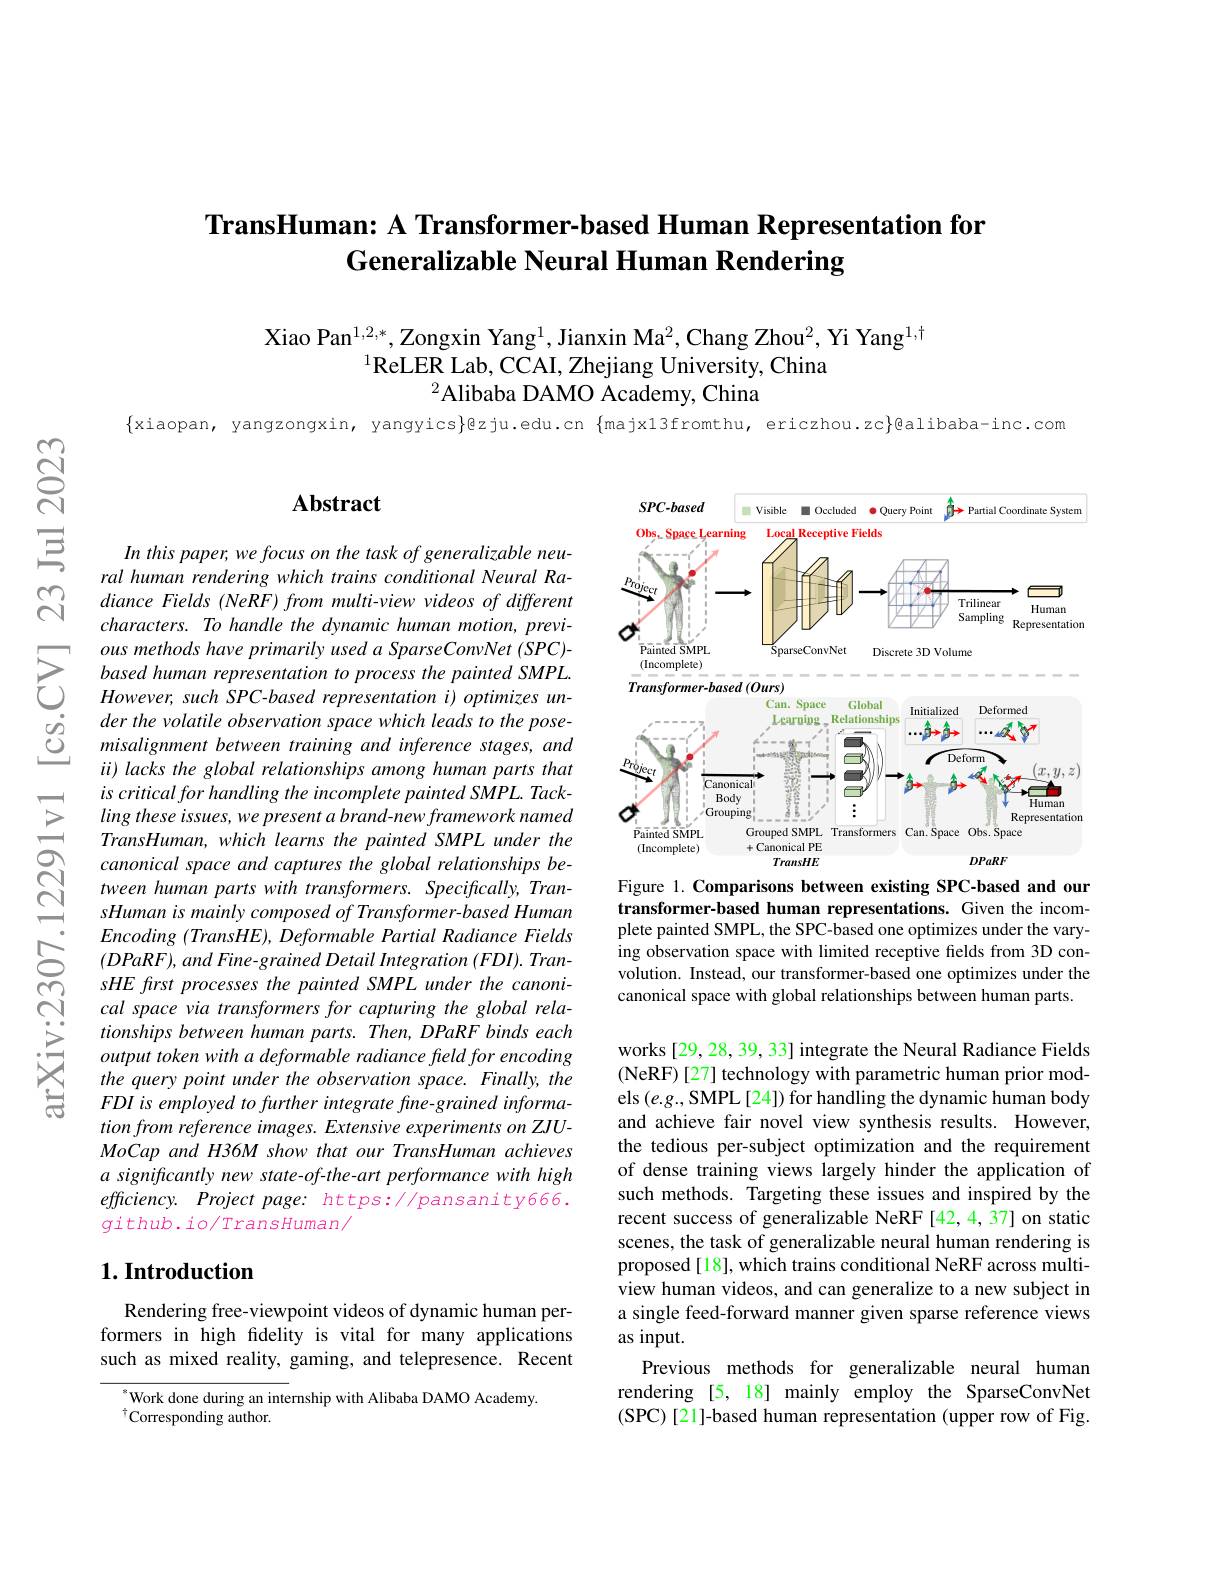
## TransHuman: A Transformer-based Human Representation for Generalizable Neural Human Rendering

Xiao Pan$^{1,2,*}$, Zongxin Yang$^1$,Jianxin Ma$^2$,Chang Zhou$^2$, Yi Yang$^1,\dagger$
$^{1}\bar{\text{ReLER Lab, CCAI, Zhejiang University, China}}$
$^{2}$Alibaba DAMO Academy, China

$\{$xiaopan, yangzongxin, yangyics$\}$@zju.edu.cn $\{$majx13fromthu, ericzhou.zc$\}$@alibaba-inc.com

### $\mathbf{Abstract}$

<FigureHere>
Figure 1. Comparisons between existing SPC-based and our

In this paper, we focus on the task of generalizable neural human rendering which trains conditional Neural Ra- $diance\textit{ Fields ( NeRF) from multi- view videos of different}$ characters. To handle the dynamic human motion, previous methods have primarily used a SparseConvNet (SPC)- based human representation to process the painted SMPL $However,suchSPC-based$ representation i) optimizes under the volatile observation space which leads to the posemisalignment between training and inference stages, and ii) lacks the global relationships among human parts that $is$ critical for handling the incomplete painted $SMPL.$ $Tack-$ ling these issues, we present a brand- new framework named TransHuman, which learns the painted SMPL under the canonical space and captures the global relationships between human parts with transformers. Specifically, TransHuman is mainly composed of Transformer-based Human $Encoding~(TransHE),Deformable~Partial~Radiance~Fields$ $(DPaRF),and$ Fine-grained Detail Integration (FDI). TransHE first processes the painted SMPL under the canonical space via transformers for capturing the global relationships between human parts. Then, DPaRF binds each output token with a deformable radiance field for encoding the query point under the observation space. Finally, the FDI is employed to further integrate fine-grained information from reference images. Extensive experiments on ZJUMoCap and H36M show that our TransHuman achieves $a$ significantly new state-of-the-art performance with high efficiency. Project page: https://pansanity666. $g$ithub.io/TransHuman/

transformer-based human representations. Given the incomplete painted SMPL, the SPC-based one optimizes under the varying observation space with limited receptive fields from 3D convolution. Instead, our transformer-based one optimizes under the canonical space with global relationships between human parts.

works [29,28,39,33] integrate the Neural Radiance Fields (NeRF)[27] technology with parametric human prior models $(e.g.$,SMPL [24]) for handling the dynamic human body and achieve fair novel view synthesis results. However, the tedious per-subject optimization and the requirement of dense training views largely hinder the application of such methods. Targeting these issues and inspired by the recent success of generalizable NeRF [42,4,37] on static scenes, the task of generalizable neural human rendering is proposed [18], which trains conditional NeRF across multiview human videos, and can generalize to a new subject in a single feed-forward manner given sparse reference views as input.
Previous methods for generalizable neural human rendering [5,18] mainly employ the SparseConvNet (SPC)[21]-based human representation (upper row of Fig.

### $1. \textbf{Introduction}$

Rendering free-viewpoint videos of dynamic human performers in high fidelity is vital for many applications such as mixed reality, gaming, and telepresence. Recent

$^{*}$Work done during an internship with Alibaba DAMO Academy.
$^{\dagger}$Corresponding author.